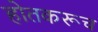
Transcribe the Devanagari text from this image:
होतकरूच